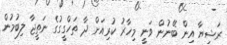
ރަޝިޔާ އިން ބޭނުން ވަނީ މިހާރު ކުރިއަށް ދާ ތަހްގީގުގެ ނަތީޖާ ލިބުމުން